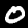
Digit: 0